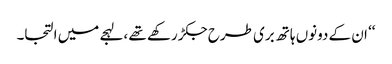
‘‘ ان کے دونوں ہاتھ بری طرح جکڑ رکھے تھے ،لہجے میں التجا۔